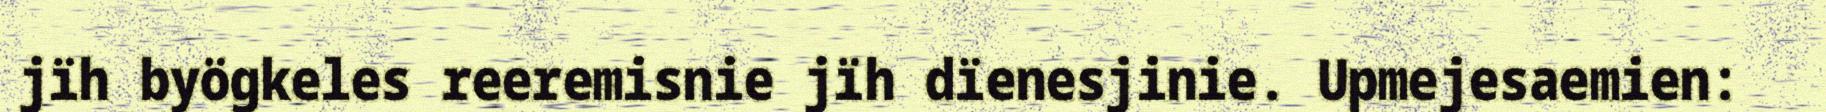
jïh byögkeles reeremisnie jïh dïenesjinie. Upmejesaemien: